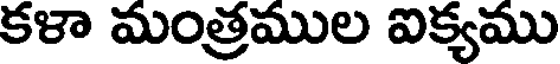
కళా మంత్రముల ఐక్యము